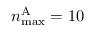
n _ { \mathrm { m a x } } ^ { \mathrm { A } } = 1 0